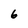
Character: 6